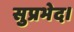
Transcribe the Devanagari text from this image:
सुप्रभेद।